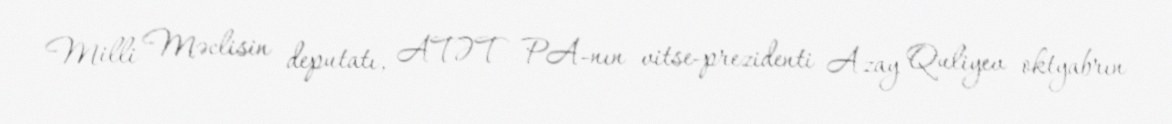
Milli Məclisin deputatı, ATƏT PA-nın vitse-prezidenti Azay Quliyev oktyabrın